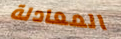
المعادلة